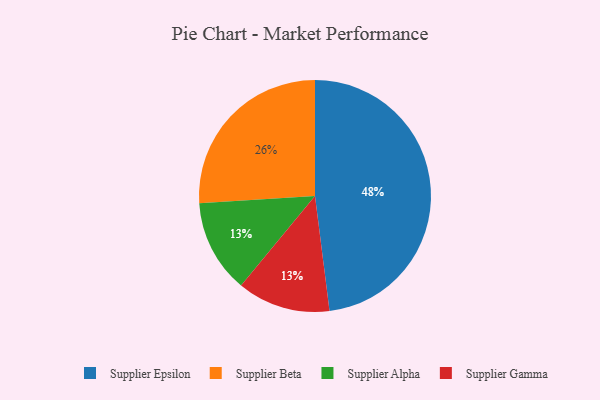
{"axis": {"x": "Category", "y": "Percentage"}, "legend": ["Supplier Alpha", "Supplier Beta", "Supplier Epsilon", "Supplier Gamma"], "data": [{"x": "Supplier Alpha", "y": 13, "type": "Supplier Alpha"}, {"x": "Supplier Beta", "y": 26, "type": "Supplier Beta"}, {"x": "Supplier Epsilon", "y": 48, "type": "Supplier Epsilon"}, {"x": "Supplier Gamma", "y": 13, "type": "Supplier Gamma"}]}